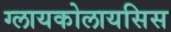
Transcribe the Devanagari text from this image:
ग्लायकोलायसिस